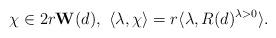
LaTeX: \begin{align*} \chi&\in 2r \textbf{W}(d), \ \langle \lambda, \chi\rangle=r\langle \lambda, R(d)^{\lambda>0}\rangle. \end{align*}